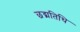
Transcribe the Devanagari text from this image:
छद्मतिथि